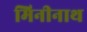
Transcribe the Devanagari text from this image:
मिनीनाथ